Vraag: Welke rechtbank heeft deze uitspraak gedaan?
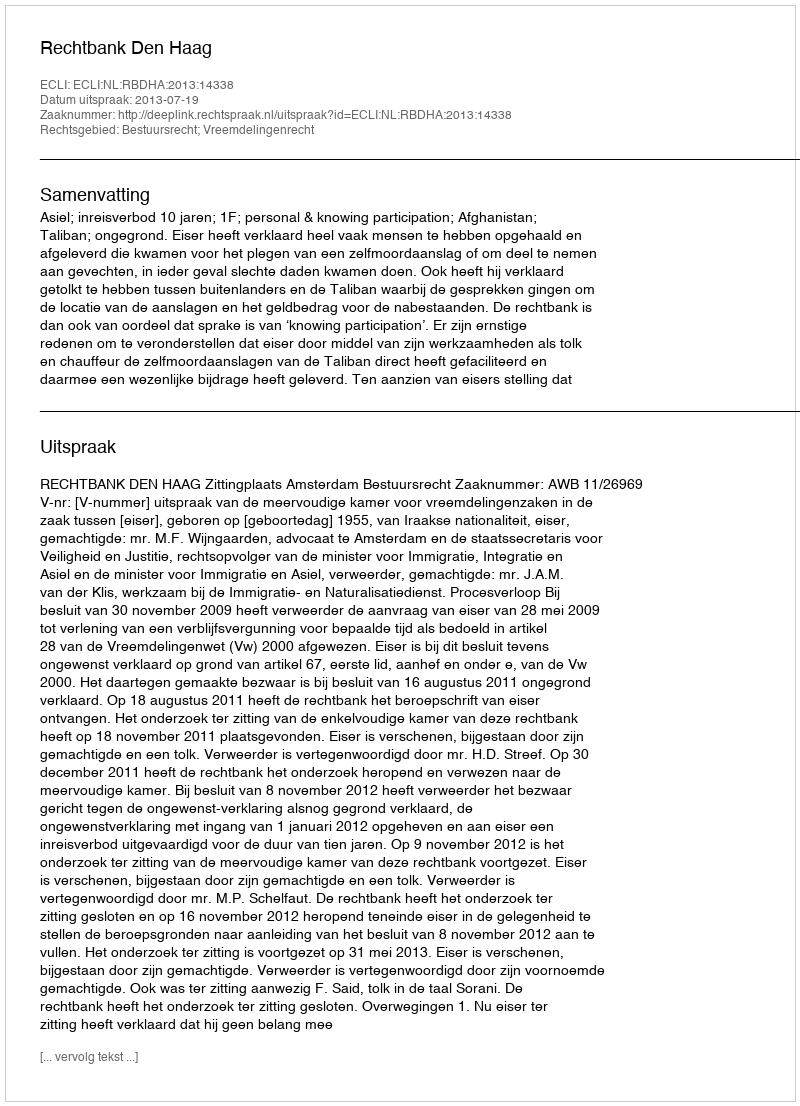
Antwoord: Rechtbank Den Haag